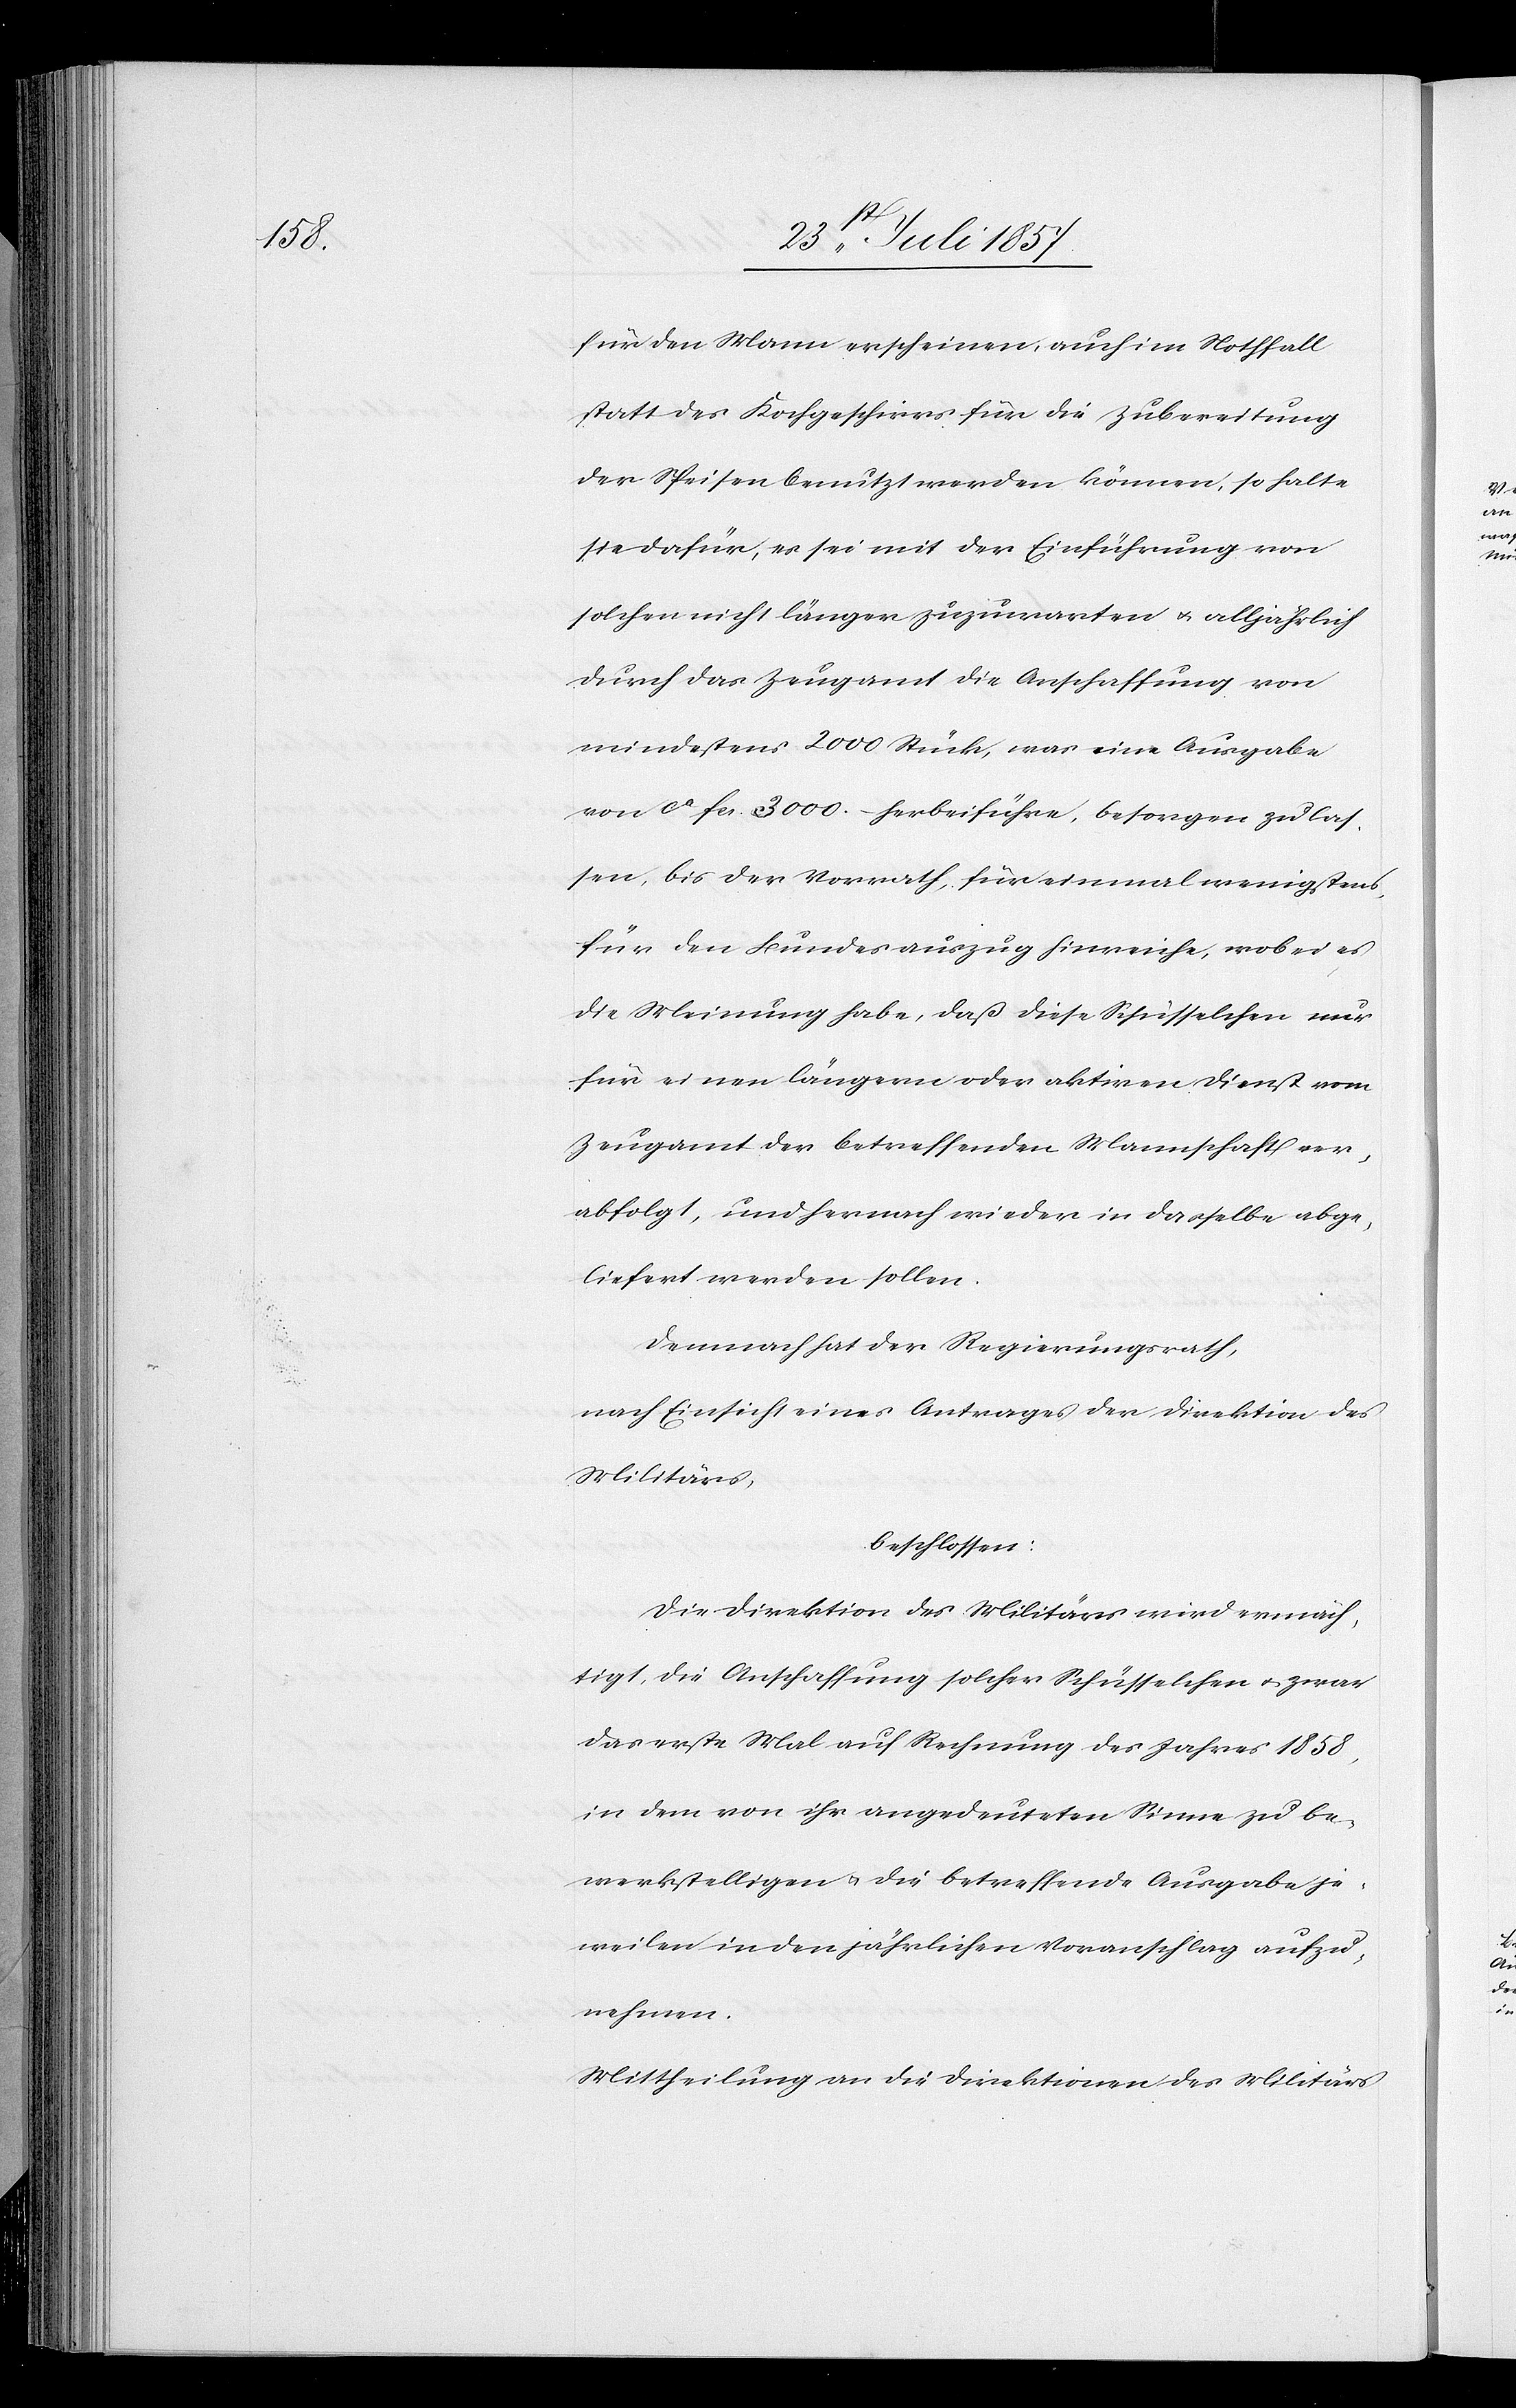
für den Mann erscheinen, auch im Nothfall
statt des Kopfgeschirrs für die Zubereitung
der Speisen benutzt werden können, so halte
sie dafür, es sei mit der Einführung von
solchen nicht länger zuzuwarten & alljährlich
durch das Zeugamt die Anschaffung von
mindestens 2 000 Stück, was eine Ausgabe
von ca fcs. 3 000 – herbeiführe, besorgen zu las¬
sen, bis der Vorrath, für einmal wenigstens,
für den Bundesauszug hinreiche, wobei es
die Meinung habe, daß diese Schüsselchen nur
für einen längern oder aktiven Dienst vom
Zeugamt der betreffenden Mannschaft ver¬
abfolgt, und hernach wieder in dasselbe abge¬
liefert werden sollten.
Demnach hat der Regierungsrath,
nach Einsicht eines Antrages der Direktion des
Militärs,
beschlossen:
Die Direktion des Militärs wird ermäch¬
tigt, die Anschaffung solcher Schüsselchen & zwar
das erste Mal auf Rechnung des Jahres 1858,
in dem von ihr angedeuteten Sinne zu be¬
werkstelligen & die betreffende Ausgabe je¬
weilen in den jährlichen Voranschlag aufzu¬
nehmen.
Mittheilung an die Direktionen des Militärs